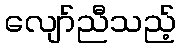
လျော်ညီသည့်